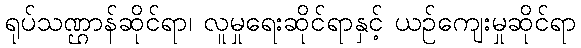
ရုပ်သဏ္ဌာန်ဆိုင်ရာ၊ လူမှုရေးဆိုင်ရာနှင့် ယဉ်ကျေးမှုဆိုင်ရာ